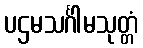
ပဌမသင်္ဂါမသုတ္တံ